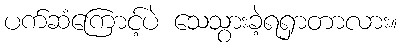
ပက်ဆံကြောင့်ပဲ သေသွားခဲ့ရရှာတာလား။